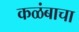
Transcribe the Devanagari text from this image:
कळंबाचा